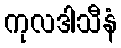
ကုလဒါသီနံ